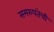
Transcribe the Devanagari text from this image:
समरुपतेची